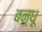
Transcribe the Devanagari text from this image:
बन्धू